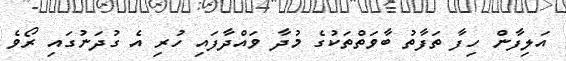
އަލިފާން ހިފާ ތަފާތު ބާވަތްތަކުގެ މުދާ ވައްދާފައި ހުރި އެ ގުދަނުގައި ރޯވެ